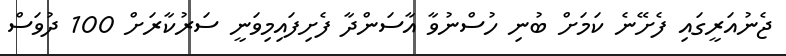
ޖެނުއަރީގައި ފެށޭނެ ކަމަށް ބުނި ހުސްނުވާ އާސަންދާ ފެށިފައިމިވަނީ ސަރުކާރަށް 100 ދުވަސް